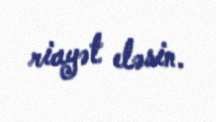
riayət eləsin.